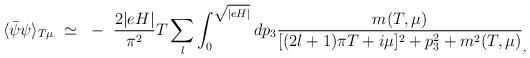
LaTeX: \begin{align*}\langle \bar{\psi} \psi \rangle_{T \mu}~\simeq~-~\frac{2 \vert eH \vert}{\pi^2} T \sum_l \int_0^{\sqrt{\vert eH \vert}} dp_3 \frac{m(T, \mu)}{[(2l+1) \pi T + i \mu]^2 + p_3^2 + m^2(T, \mu)}_,\end{align*}